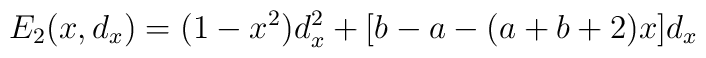
E_2 (x, d_x) = (1-x^2)d_x^2 + [b-a- (a+b+2)x] d_x